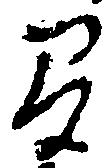
間